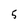
Character: 5